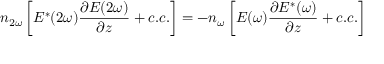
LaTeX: n _ { 2 \omega } \left[ E ^ { * } ( 2 \omega ) { \frac { \partial E ( 2 \omega ) } { \partial z } } + c . c . \right] = - n _ { \omega } \left[ E ( \omega ) { \frac { \partial E ^ { * } ( \omega ) } { \partial z } } + c . c . \right]